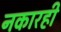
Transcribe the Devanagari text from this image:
नकारही